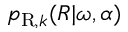
p _ { \mathrm { R } , k } ( R \vert \omega , \alpha )